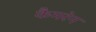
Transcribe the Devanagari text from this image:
कैमरेन